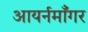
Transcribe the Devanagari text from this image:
आयर्नमॉँगर